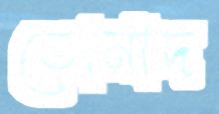
তোমাদ